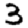
Digit: 3